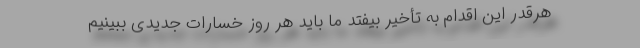
هرقدر این اقدام به تأخیر بیفتد ما باید هر روز خسارات جدیدی ببینیم